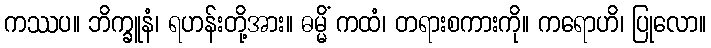
ကဿပ။ ဘိက္ခူနံ၊ ရဟန်းတို့အား။ ဓမ္မိံ ကထံ၊ တရားစကားကို။ ကရောဟိ၊ ပြုလော။